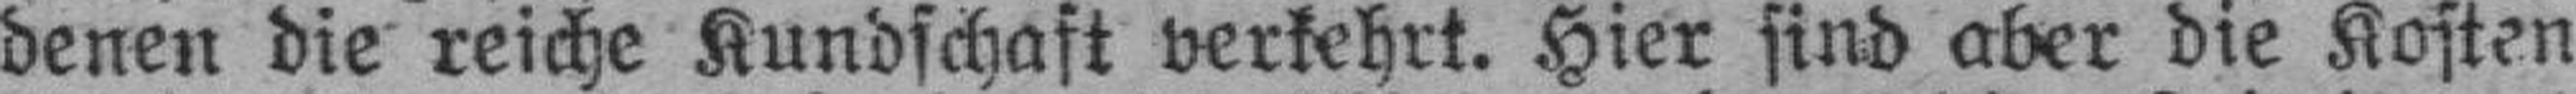
denen die reiche Kundschaft verkehrt. Hier sind aber die Kosten